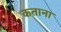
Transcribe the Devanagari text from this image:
कताना